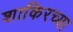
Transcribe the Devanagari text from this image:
शाकिरच्या